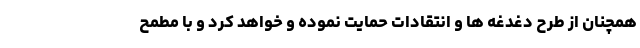
همچنان از طرح دغدغه ها و انتقادات حمایت نموده و خواهد کرد و با مطمح